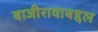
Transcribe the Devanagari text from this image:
बाजीरावाबद्दल